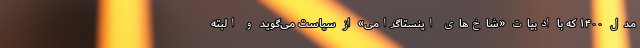
مدل ۱۴۰۰ که با ادبیات «شاخ‌های اینستاگرامی» از سیاست می‌گوید و البته